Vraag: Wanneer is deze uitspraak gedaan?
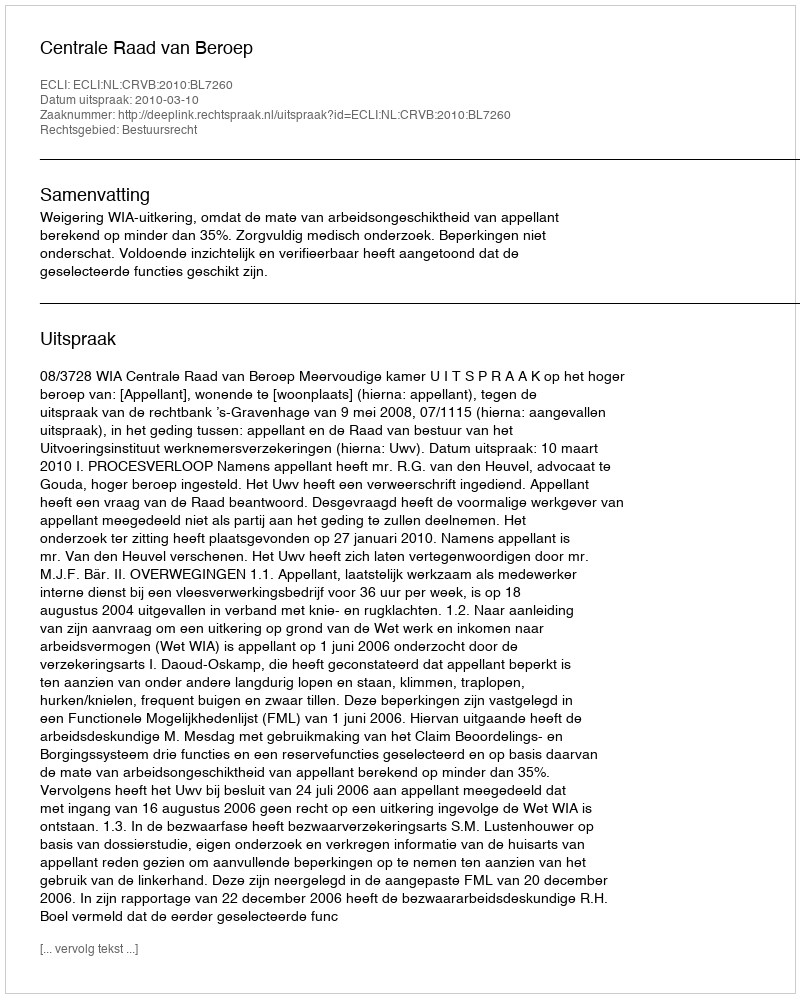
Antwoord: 2010-03-10